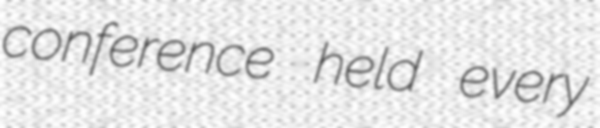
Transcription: conference held every